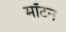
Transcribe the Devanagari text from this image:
मॉटन